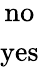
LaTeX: \begin{array}{c}{{\mathrm{no}}}\\ {{\mathrm{yes}}}\end{array}